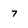
Character: 7